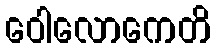
ဝေါလောကေတိ